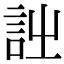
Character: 𧥳